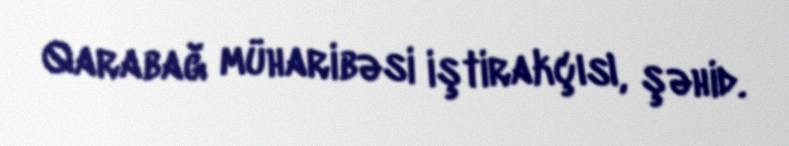
Qarabağ müharibəsi iştirakçısı, şəhid.